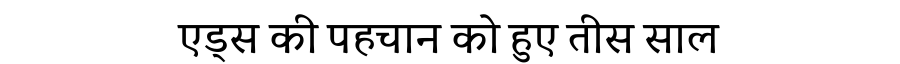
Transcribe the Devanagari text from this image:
एड्स की पहचान को हुए तीस साल